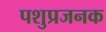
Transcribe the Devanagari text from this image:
पशुप्रजनक